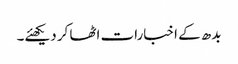
بدھ کے اخبارات اٹھا کر دیکھئے۔